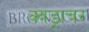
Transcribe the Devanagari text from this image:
क्वड्राचर